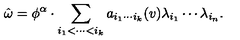
\hat { \omega } = \phi ^ { \alpha } \cdot \sum _ { i _ { 1 } < \cdots < i _ { k } } a _ { i _ { 1 } \cdots i _ { k } } ( v ) \lambda _ { i _ { 1 } } \cdots \lambda _ { i _ { n } } .